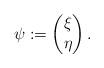
LaTeX: \begin{align*}\psi:=\begin{pmatrix}\xi\\\eta\end{pmatrix}.\end{align*}